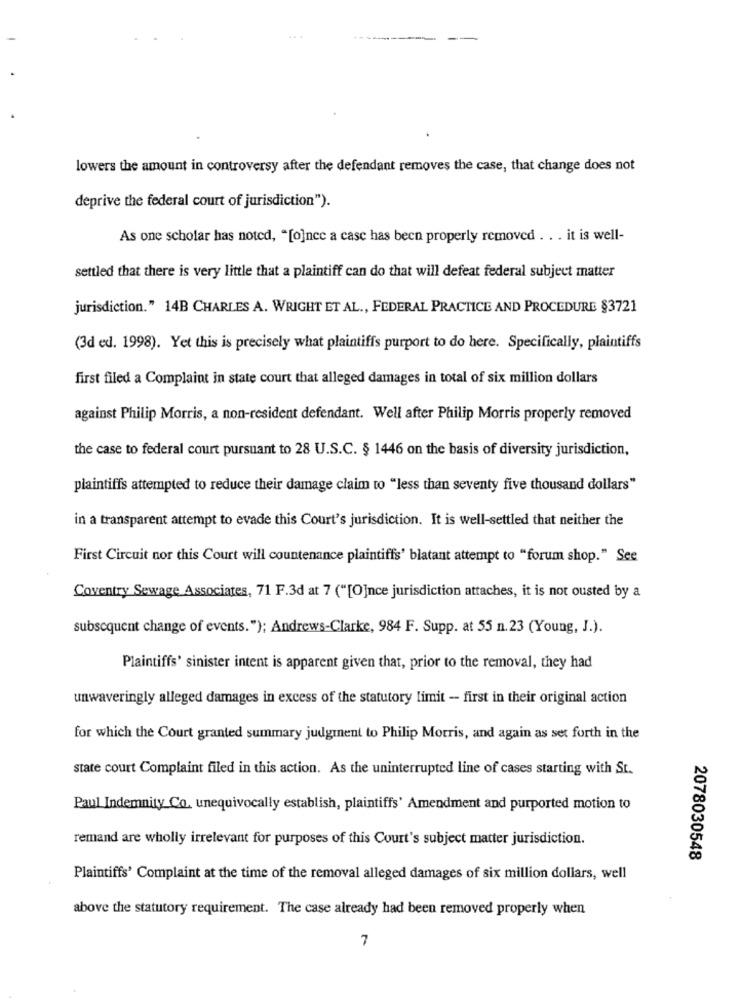
lowers the amount in controversy after the defendant removes the case, that change does not
deprive the federal court of jurisdiction").
As one scholar has noted, "[o]nec a case has been properly removed . . . it is well-
settled that there is very little that a plaintiff can do that will defeat federal subject matter
jurisdiction." 14B CHARLES A. WRIGHT ET AL ., FEDERAL PRACTICE AND PROCEDURE §3721
(3d ed. 1998). Yet this is precisely what plaintiffs purport to do here. Specifically, plaintiffs
first filed a Complaint in state court that alleged damages in total of six million dollars
against Philip Morris, a non-resident defendant. Well after Philip Morris properly removed
the case to federal court pursuant to 28 U.S.C. § 1446 on the basis of diversity jurisdiction,
plaintiffs attempted to reduce their damage claim to "less than seventy five thousand dollars"
in a transparent attempt to evade this Court's jurisdiction. It is well-settled that neither the
First Circuit nor this Court will countenance plaintiffs' blatant attempt to "forum shop." See
Coventry Sewage Associates, 71 F.3d at 7 ("[O]nce jurisdiction attaches, it is not ousted by a
subsequent change of events."); Andrews-Clarke, 984 F. Supp. at 55 n.23 (Young, J.).
Plaintiffs' sinister intent is apparent given that, prior to the removal, they had
unwaveringly alleged damages in excess of the statutory limit - first in their original action
for which the Court granted summary judgment to Philip Morris, and again as set forth in the
state court Complaint filed in this action. As the uninterrupted line of cases starting with St.
Paul Indemnity Co. unequivocally establish, plaintiffs' Amendment and purported motion to
remand are wholly irrelevant for purposes of this Court's subject matter jurisdiction.
2078030548
Plaintiffs' Complaint at the time of the removal alleged damages of six million dollars, well
above the statutory requirement. The case already had been removed properly when
7